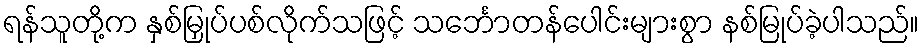
ရန်သူတို့က နှစ်မြှုပ်ပစ်လိုက်သဖြင့် သင်္ဘောတန်ပေါင်းများစွာ နစ်မြုပ်ခဲ့ပါသည်။